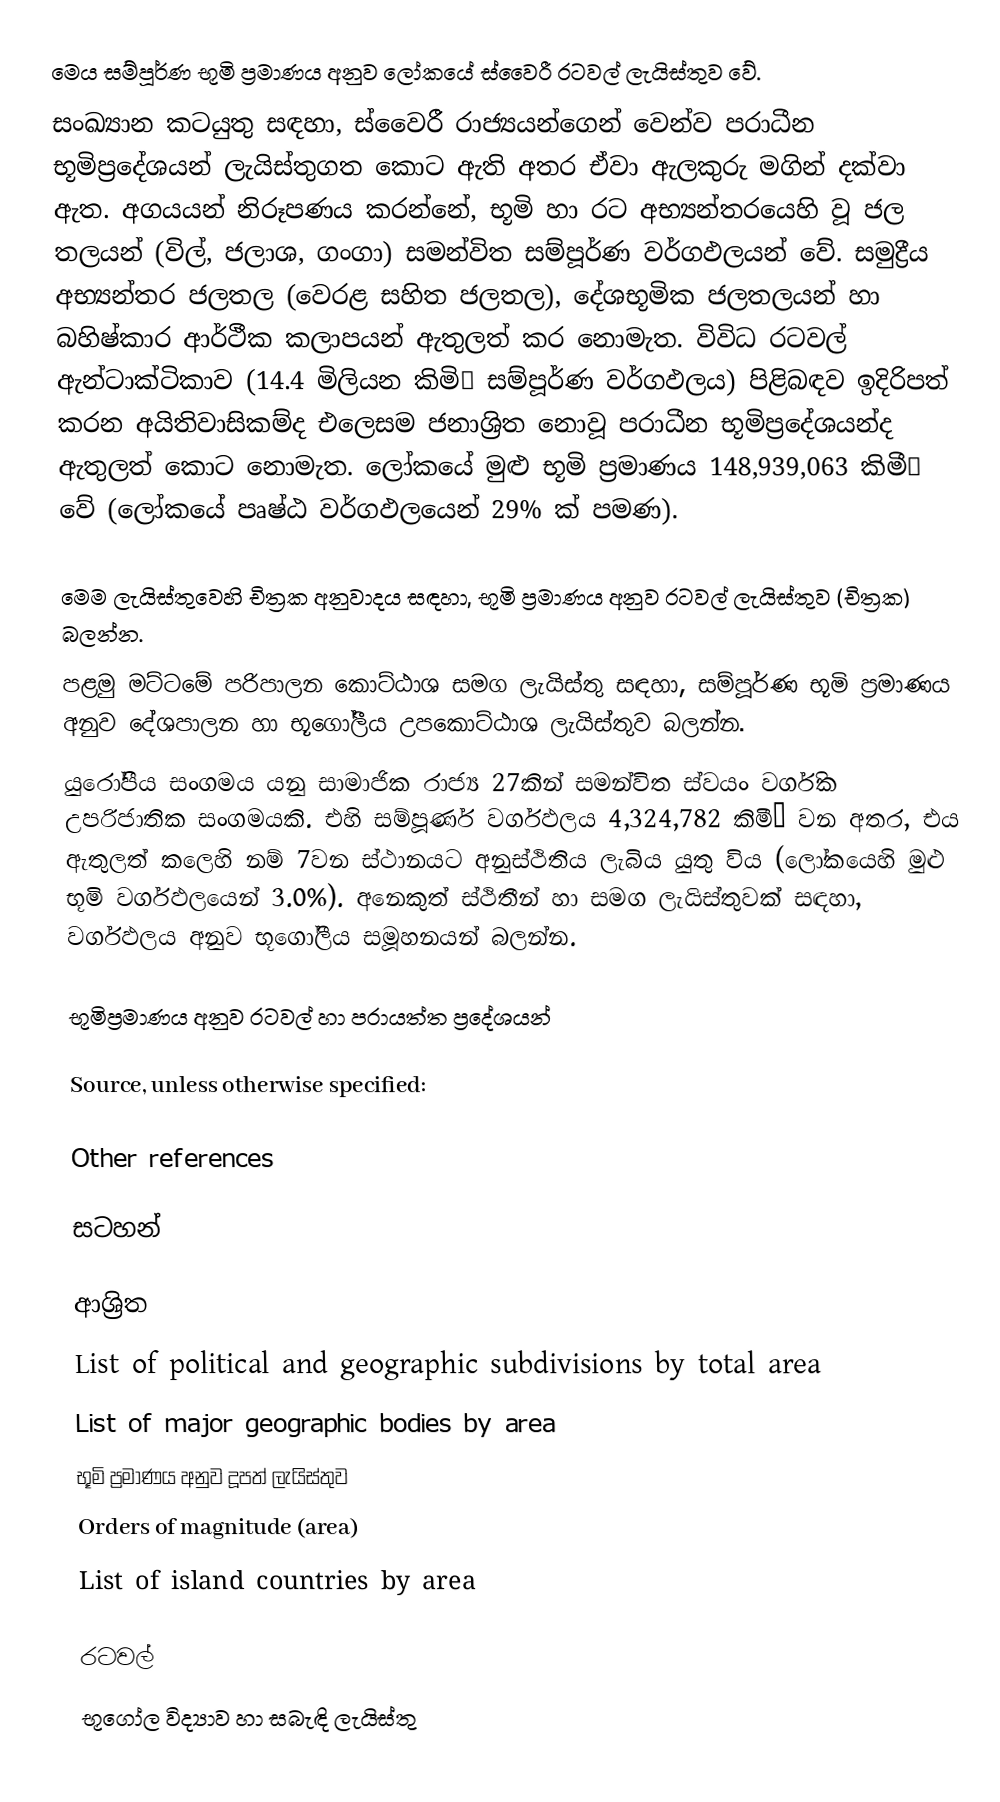
මෙය සම්පූර්ණ භූමි ප්‍රමාණය අනුව ලෝකයේ ස්වෛරී රටවල් ලැයිස්තුව වේ.
සංඛ්‍යාන කටයුතු සඳහා, ස්වෛරී රාජ්‍යයන්ගෙන් වෙන්ව පරාධීන භූමිප්‍රදේශයන් ලැයිස්තුගත කොට ඇති අතර ඒවා ඇලකුරු මගින් දක්වා ඇත. අගයයන් නිරූපණය කරන්නේ, භූමි හා රට අභ්‍යන්තරයෙහි වූ ජල තලයන් (විල්, ජලාශ, ගංගා) සමන්විත සම්පූර්ණ වර්ගඵලයන් වේ. සමුද්‍රීය අභ්‍යන්තර ජලතල (වෙරළ සහිත ජලතල), දේශභූමික ජලතලයන් හා බහිෂ්කාර ආර්ථීක කලාපයන් ඇතුලත් කර නොමැත. විවිධ රටවල් ඇන්ටාක්ටිකාව (14.4 මිලියන කිමි² සම්පූර්ණ වර්ගඵලය) පිළිබඳව ඉදිරිපත් කරන අයිතිවාසිකම්ද එලෙසම ජනාශ්‍රිත‍ නොවූ පරාධීන භූමිප්‍රදේශයන්ද ඇතුලත් කොට නොමැත.  ලෝකයේ මුළු භූමි ප්‍රමාණය 148,939,063 කිමී² වේ (ලෝකයේ පෘෂ්ඨ වර්ගඵලයෙන් 29% ක් පමණ).

 මෙම ලැයිස්තුවෙහි චිත්‍රක අනුවාදය සඳහා, භූමි ප්‍රමාණය අනුව රටවල් ලැයිස්තුව (චිත්‍රක) බලන්න.
 පළමු මට්ටමේ පරිපාලන කොට්ඨාශ සමග ලැයිස්තු සඳහා, සම්පූර්ණ භූමි ප්‍රමාණය අනුව දේශපාලන හා භූගෝලීය උපකොට්ඨාශ ලැයිස්තුව බලන්න.
  යුරෝපීය සංගමය යනු සාමාජික රාජ්‍ය 27කින් සමන්විත ස්වයං වර්ගික උපරිජාතික සංගමයකි. එහි සම්පූර්ණ වර්ගඵලය 4,324,782  කිමී²  වන අතර, එය ඇතුලත් කලෙහි නම් 7වන ස්ථානයට අනුස්ථිතිය ලැබිය යුතු විය (ලෝකයෙහි මුළු භූමි වර්ගඵලයෙන් 3.0%). අනෙකුත් ස්ථිතීන් හා සමග ලැයිස්තුවක් සඳහා, වර්ගඵලය අනුව භූගෝලීය සමූහනයන් බලන්න.

භූමිප්‍රමාණය අනුව රටවල් හා පරායත්ත ප්‍රදේශයන්

Source, unless otherwise specified:

Other references

සටහන්

ආශ්‍රිත
 List of political and geographic subdivisions by total area
 List of major geographic bodies by area
 භූමි ප්‍රමාණය අනුව දූපත් ලැයිස්තුව
 Orders of magnitude (area)
 List of island countries by area

රටවල්
භූගෝල විද්‍යාව හා සබැඳි ලැයිස්තු